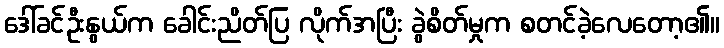
ဒေါ်ခင်ဦးနွယ်က ခေါင်းညိတ်ပြ လိုက်အပြီး ခွဲစိတ်မှုက စတင်ခဲ့လေတော့၏။